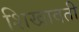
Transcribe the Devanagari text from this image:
शिखावती